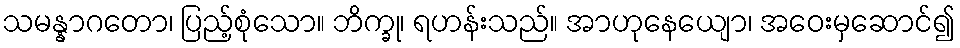
သမန္နာဂတော၊ ပြည့်စုံသော။ ဘိက္ခု၊ ရဟန်းသည်။ အာဟုနေယျော၊ အဝေးမှဆောင်၍